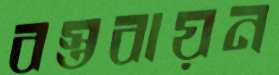
বস্তবায়ন